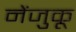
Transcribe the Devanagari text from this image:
नेंजुकू